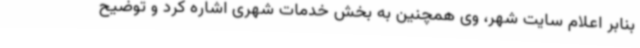
بنابر اعلام سایت شهر، وی همچنین به بخش خدمات شهری اشاره کرد و توضیح